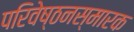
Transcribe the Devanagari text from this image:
परिवेष्ठनस्मारक